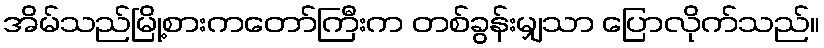
အိမ်သည်မြို့စားကတော်ကြီးက တစ်ခွန်းမျှသာ ပြောလိုက်သည်။